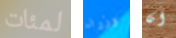
لمئات وزراء ان